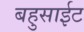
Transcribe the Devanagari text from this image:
बहुसाईट